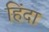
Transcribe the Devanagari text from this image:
हिंदा